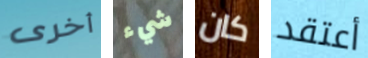
أخرى شيء كان أعتقد